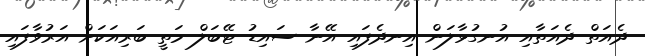
ދެއަތް ދެއަތާއި އުނގުޅާލަން އިނދެފައި އޭނާ ސައިޑު ޓޭބަލް މަތީ ބަރިއަކަށް އަރުވާފައި